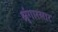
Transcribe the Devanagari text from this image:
श्रृंगारसार